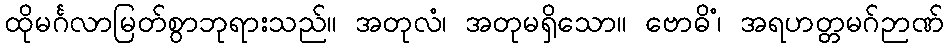
ထိုမင်္ဂလာမြတ်စွာဘုရားသည်။ အတုလံ၊ အတုမရှိသော။ ဗောဓိံ၊ အရဟတ္တမဂ်ဉာဏ်